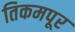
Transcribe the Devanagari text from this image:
तिकमपूर